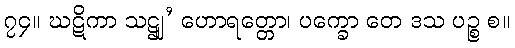
၇၄။ ဃဋိကာ သဋ္ဌျ’ ဟောရတ္တော၊ ပက္ခော တေ ဒသ ပဉ္စ စ။